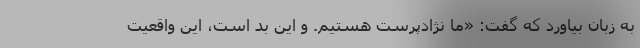
به زبان بیاورد که گفت: «ما نژادپرست هستیم. و این بد است، این واقعیت